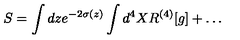
S = \int d z e ^ { - 2 \sigma ( z ) } \int d ^ { 4 } X R ^ { ( 4 ) } [ g ] + \dots